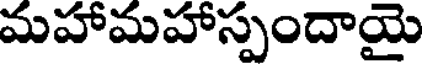
మహామహాస్పందాయై